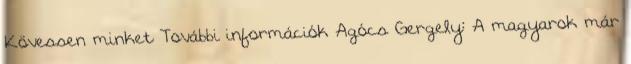
Kövessen minket További információk Agócs Gergely: A magyarok már